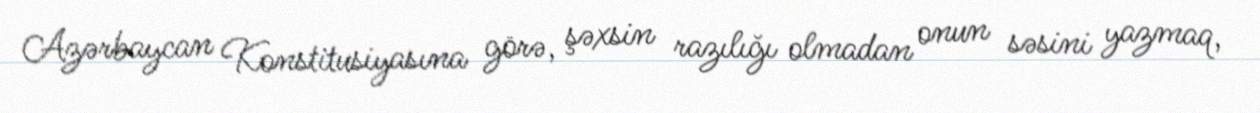
Azərbaycan Konstitusiyasına görə, şəxsin razılığı olmadan onun səsini yazmaq,